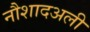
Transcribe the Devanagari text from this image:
नौशादअली